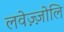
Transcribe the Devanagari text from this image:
लवेज़्ज़ोलि